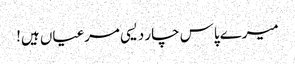
میرے پاس چار دیسی مرغیاں ہیں!